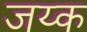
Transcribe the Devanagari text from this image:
जय्क